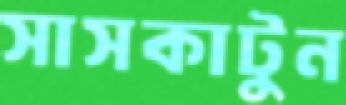
সাসকাটুন